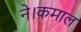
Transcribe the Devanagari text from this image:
ने।कमाल